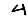
Digit: 4